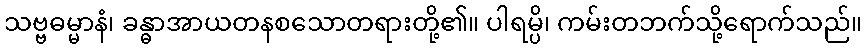
သဗ္ဗဓမ္မာနံ၊ ခန္ဓာအာယတနစသောတရားတို့၏။ ပါရမ္ပိ၊ ကမ်းတဘက်သို့ရောက်သည်။